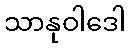
သာနုဝါဒေါ